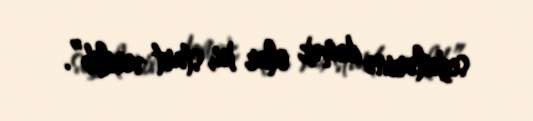
seçkilərinə demək olar ki, start verilib”.